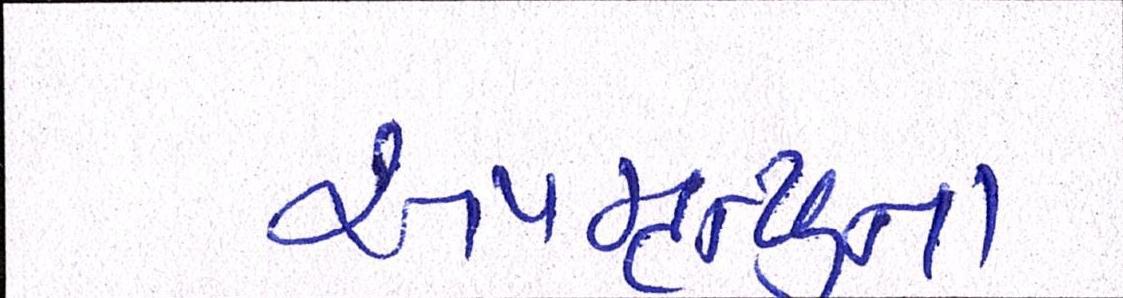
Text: અપમૃત્યુના